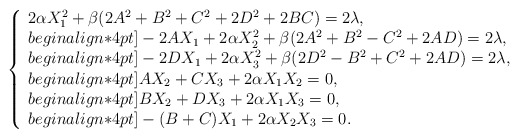
\begin{align*}\left\{\begin{array}{l}2 \alpha X_1^2+\beta(2A^2+B^2+C^2 +2D^2 +2BC )=2\lambda, \\begin{align*}4pt]-2AX_1+2 \alpha X_2^2+\beta(2A^2+B^2-C^2 +2AD)=2\lambda, \\begin{align*}4pt]-2DX_1+2 \alpha X_3^2+\beta(2D^2- B^2+C^2 +2AD )=2\lambda, \\begin{align*}4pt]AX_2 +CX_3+2\alpha X_1X_2 =0, \\begin{align*}4pt]BX_2 +DX_3+2\alpha X_1X_3 =0, \\begin{align*}4pt]-(B+C)X_1+2\alpha X_2X_3 =0.\end{array}\right.\end{align*}